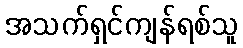
အသက်ရှင်ကျန်ရစ်သူ